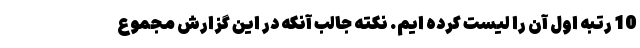
10 رتبه اول آن را لیست کرده ایم. نکته جالب آنکه در این گزارش مجموع